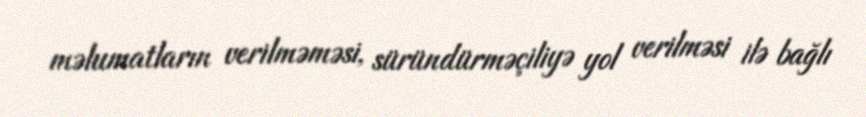
məlumatların verilməməsi, süründürməçiliyə yol verilməsi ilə bağlı